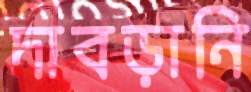
দাবড়ানি